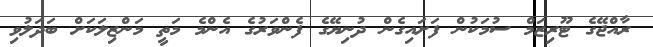
ރާއްޖޭގެ ޓޫރިޒަމް ސުމަކުން ފަށައިގެން ދުނިޔޭގެ ފެންވަރުގެ އެންމެ މަތީ މަންޒިލަކަށް ބަދަލުވި